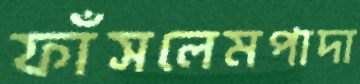
ফাঁসলেমপাদা